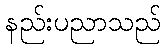
နည်းပညာသည်